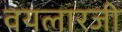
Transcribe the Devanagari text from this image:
वयलारजी